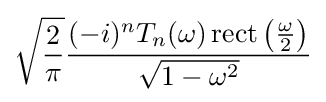
{\sqrt {\frac {2}{\pi }}}{\frac {(-i)^{n}T_{n}(\omega )\operatorname {rect} \left({\frac {\omega }{2}}\right)}{\sqrt {1-\omega ^{2}}}}